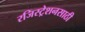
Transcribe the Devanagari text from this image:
रजिस्ट्रेशनसाठी